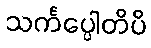
သင်္ကပ္ပေါတိပိ